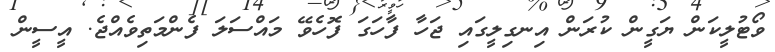
ވޯޓުލީކަން ޔަގީން ކުރަން އިނގިލީގައި ޖަހާ ފާހަގަ ފޮހެވޭ މައްސަލަ ފެންމަތިވެއްޖެ. އީސީން